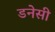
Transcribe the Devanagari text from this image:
डनेसी